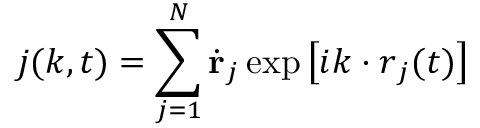
\boldsymbol { j } ( \boldsymbol { k } , t ) = \sum _ { j = 1 } ^ { N } \dot { \mathbf { r } } _ { j } \exp \left[ i \boldsymbol { k } \cdot \boldsymbol { r } _ { j } ( t ) \right]